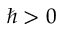
\hbar > 0